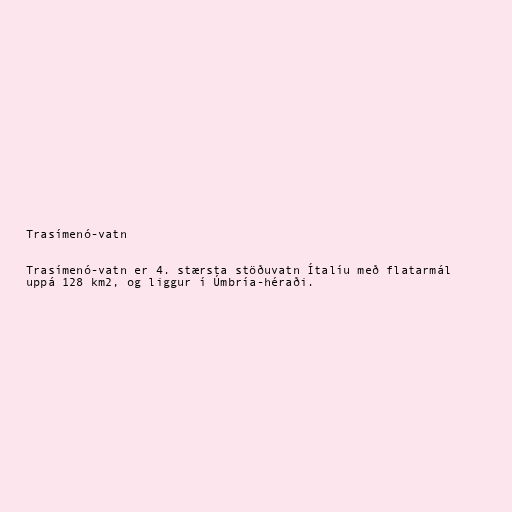
Trasímenó-vatn

Trasímenó-vatn er 4. stærsta stöðuvatn Ítalíu með flatarmál
uppá 128 km2, og liggur í Úmbría-héraði.